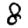
Digit: 8